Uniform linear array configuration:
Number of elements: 12
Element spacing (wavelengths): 0.75
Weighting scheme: kaiser
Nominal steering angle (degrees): -15
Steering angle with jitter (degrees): -13.49
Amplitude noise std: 0.05
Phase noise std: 0.05

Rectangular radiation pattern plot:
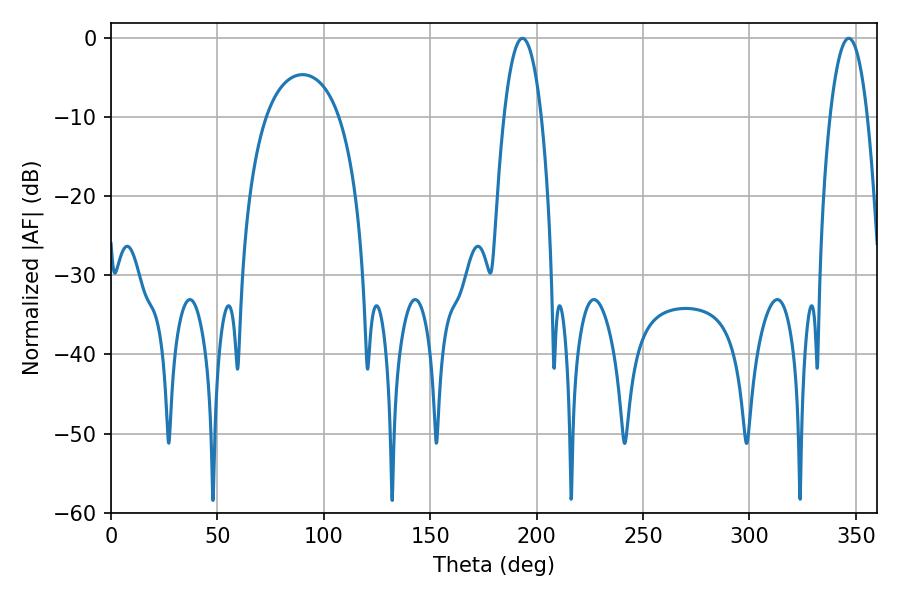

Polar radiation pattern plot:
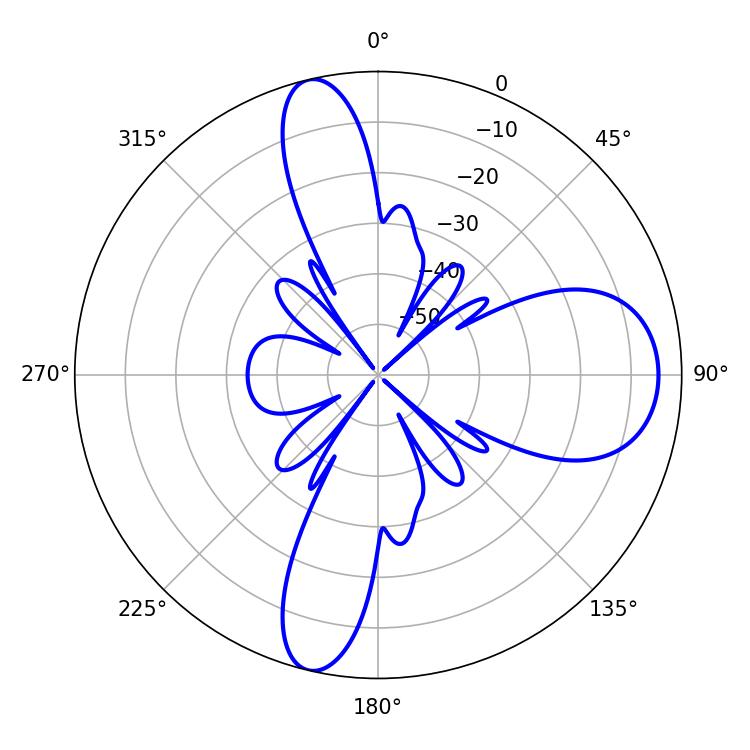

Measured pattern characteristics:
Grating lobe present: TRUE
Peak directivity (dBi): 14.133
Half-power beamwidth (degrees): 9.72
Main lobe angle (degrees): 193.32